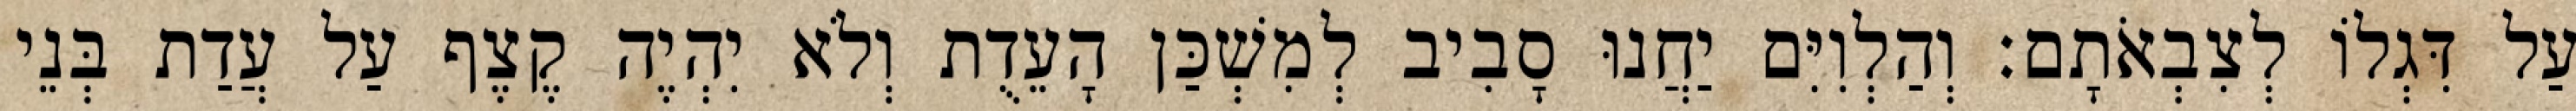
עַל דִּגְלוֹ לְצִבְאֹתָם׃ וְהַלְוִיִּם יַחֲנוּ סָבִיב לְמִשְׁכַּן הָעֵדֻת וְלֹא יִהְיֶה קֶצֶף עַל עֲדַת בְּנֵי